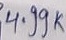
Text: 4.99K